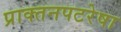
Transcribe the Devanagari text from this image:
प्राक्तनपटरेषा